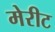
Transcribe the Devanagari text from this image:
मेरीट